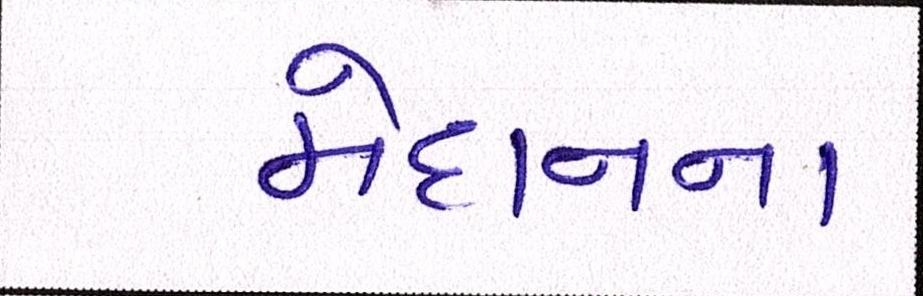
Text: મેદાનના